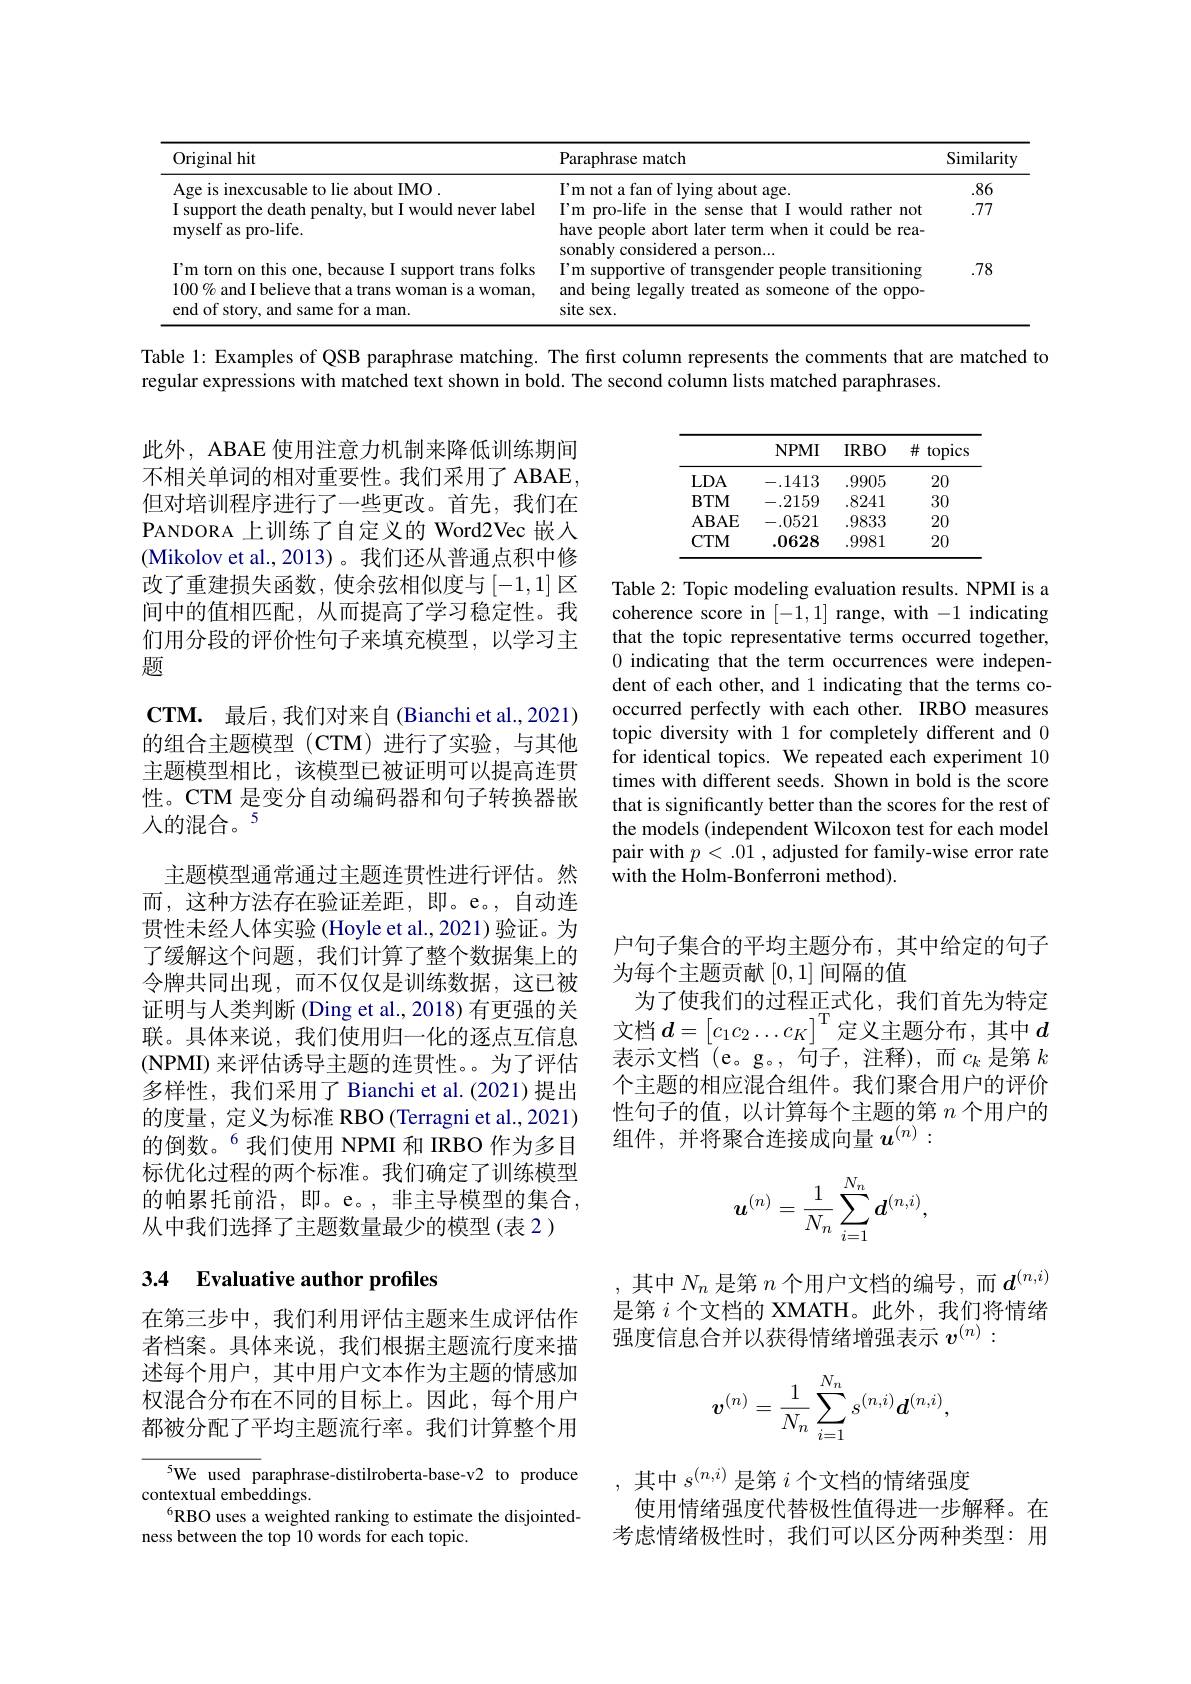
<table>
	<tbody>
		<tr>
			<th>Original hit</th>
			<th>Paraphrase match</th>
			<th>Similarity</th>
		</tr>
		<tr>
			<td>Age is inexcusable to lie about IMO .</td>
			<td>$\Gamma$m not a fan of lying about age.</td>
			<td>.86</td>
		</tr>
		<tr>
			<td>I support the death penalty, but I would never label myself as pro-life.</td>
			<td>I'm pro-life in the sense that I would rather not have people abort later term when it could be rea- sonably considered a person...</td>
			<td>.77</td>
		</tr>
		<tr>
			<td>I'm torn on this one, because I support trans folks $100\%$ and I believe that a trans woman is a woman, end of story, and same for a man.</td>
			<td>I'm supportive of transgender people transitioning and being legally treated as someone of the oppo- site sex.</td>
			<td>78</td>
		</tr>
	</tbody>
</table>

Table 1: Examples of QSB paraphrase matching. The first column represents the comments that are matched to

regular expressions with matched text shown in bold. The second column lists matched paraphrases.

<table>
	<tbody>
		<tr>
			<th> </th>
			<th>$NPMI$</th>
			<th>$IRBO$</th>
			<th>$\#$ topics</th>
		</tr>
		<tr>
			<td>$LDA$</td>
			<td>-.1413</td>
			<td>.9905</td>
			<td>20</td>
		</tr>
		<tr>
			<td>$BTM$</td>
			<td>-.2159</td>
			<td>.8241</td>
			<td>30</td>
		</tr>
		<tr>
			<td>ABAE</td>
			<td>-.0521</td>
			<td>.9833</td>
			<td>20</td>
		</tr>
		<tr>
			<td>$CTM$</td>
			<td>.0628</td>
			<td>.9981</td>
			<td>20</td>
		</tr>
	</tbody>
</table>

Table 2: Topic modeling evaluation results. NPMI is a coherence score in [-1,1] range, with -1 indicating that the topic representative terms occurred together, 0 indicating that the term occurrences were independent of each other, and 1 indicating that the terms cooccurred perfectly with each other. IRBO measures topic diversity with 1 for completely different and 0 for identical topics. We repeated each experiment 10 times with different seeds. Shown in bold is the score that is significantly better than the scores for the rest of the models (independent Wilcoxon test for each model pair with $p<.01$ , adjusted for family-wise error rate with the Holm-Bonferroni method).

此外，ABAE 使用注意力机制来降低训练期间不相关单词的相对重要性。我们采用了 ABAE, 但对培训程序进行了一些更改。首先，我们在PANDORA 上训练了自定义的 Word2Vec 嵌入(Mikolov et al.,2013)。我们还从普通点积中修改了重建损失函数，使余弦相似度与$\left[-1,1\right]$区间中的值相匹配，从而提高了学习稳定性。我们用分段的评价性句子来填充模型，以学习主题
$\mathbf{CTM. }$ 最后，我们对来自(Bianchi et al.,2021) 的组合主题模型(CTM)进行了实验，与其他主题模型相比，该模型已被证明可以提高连贯性。CTM 是变分自动编码器和句子转换器嵌入的混合。5
主题模型通常通过主题连贯性进行评估。然而，这种方法存在验证差距，即。e。,自动连贯性未经人体实验 (Hoyle et al., 2021) 验证。为了缓解这个问题，我们计算了整个数据集上的令牌共同出现，而不仅仅是训练数据，这已被证明与人类判断 (Ding et al., 2018) 有更强的关联。具体来说，我们使用归一化的逐点互信息(NPMI) 来评估诱导主题的连贯性。为了评估多样性，我们采用了 Bianchi et al.(2021)提出的度量，定义为标准 RBO (Terragni et al.,2021) 的倒数。$^{6}$我们使用 NPMI 和 IRBO 作为多目标优化过程的两个标准。我们确定了训练模型的帕累托前沿，即。e。,非主导模型的集合， 从中我们选择了主题数量最少的模型(表 2)

户句子集合的平均主题分布，其中给定的句子
为每个主题贡献[0,1]间隔的值
为了使我们的过程正式化，我们首先为特定文档$d=\begin{bmatrix}c_1c_2\ldots c_K\end{bmatrix}^{\mathrm{T}}$定义主题分布，其中$d$ 表示文档 $^($e。g。, $\vec\text{句子，注释})$,而$c_k$ 是第 $k$ 个主题的相应混合组件。我们聚合用户的评价性句子的值，以计算每个主题的第$n$个用户的组件，并将聚合连接成向量$u^{(n)}:$
$$\boldsymbol{u}^{(n)}=\frac{1}{N_n}\sum_{i=1}^{N_n}\boldsymbol{d}^{(n,i)},$$
## 3.4 Evaluative author profiles

其中$N_n$是第$n$个用户文档的编号，而$d^{(n,i)}$ 是第$i$个文档的 XMATH。此外，我们将情绪强度信息合并以获得情绪增强表示$v^{(n)}:$

在第三步中，我们利用评估主题来生成评估作者档案。具体来说，我们根据主题流行度来描述每个用户，其中用户文本作为主题的情感加权混合分布在不同的目标上。因此，每个用户都被分配了平均主题流行率。我们计算整个用
$$v^{(n)}=\dfrac{1}{N_n}\sum_{i=1}^{N_n}s^{(n,i)}\boldsymbol{d}^{(n,i)},$$
5We used paraphrase-distilroberta-base-v2 to produce
contextual embeddings.
$^{6}$RBO uses a weighted ranking to estimate the disjointed-
ness between the top 10 words for each topic.

,其中$s^{(n,i)}$是第$i$个文档的情绪强度
使用情绪强度代替极性值得进一步解释。在考虑情绪极性时，我们可以区分两种类型：用